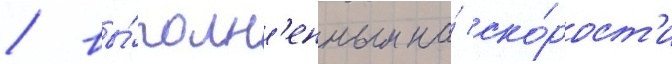
/ вы́полн'енным на́ ско́рост'и